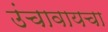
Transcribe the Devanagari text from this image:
उंचावायचा